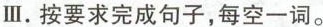
Ⅲ.按要求完成句子，每空一词。